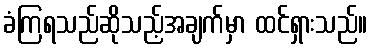
ခံကြရသည်ဆိုသည့်အချက်မှာ ထင်ရှားသည်။